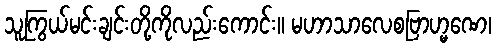
သူကြွယ်မင်းချင်းတို့ကိုလည်းကောင်း။ မဟာသာလေစဗြာဟ္မဏေ၊